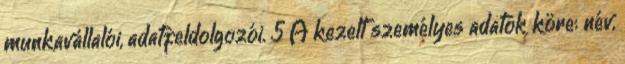
munkavállalói, adatfeldolgozói. 5 A kezelt személyes adatok köre: név,